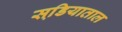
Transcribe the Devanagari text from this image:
सडि़याताल